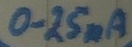
Text: 0.25mA